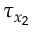
\tau _ { x _ { 2 } }